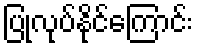
ပြုလုပ်နိုင်ကြောင်း